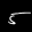
Label: 5